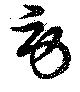
勞